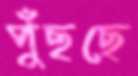
পুঁছছে